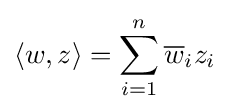
\langle w,z\rangle =\sum _{i=1}^{n}{\overline {w}}_{i}z_{i}